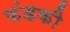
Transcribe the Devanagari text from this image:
फंडकी